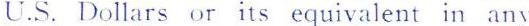
U.S. Dollars or its equivalent in any